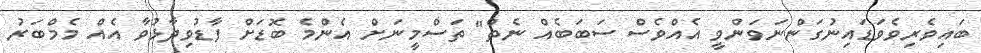
ބައިވެރިވެވަޑައިނުގަންނަވަންވީ އެއްވެސް ސަބަބެއް ނެތް" ތަސްމީނަށް އެންމެ ބޮޑަށް ފާޑުވިދާޅުވާ އެއް މެމްބަރު